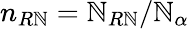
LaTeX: n_{R\mathbb{N}}=\mathbb{N}_{R\mathbb{N}}/\mathbb{N}_{\alpha}